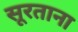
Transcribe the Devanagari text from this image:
सूरताना